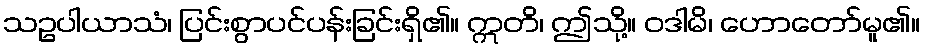
သဥပါယာသံ၊ ပြင်းစွာပင်ပန်းခြင်းရှိ၏။ ဣတိ၊ ဤသို့။ ဝဒါမိ၊ ဟောတော်မူ၏။